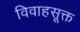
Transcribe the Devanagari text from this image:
विवाहसूक्त